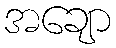
အချော